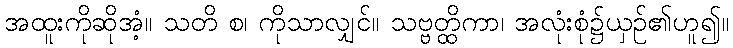
အထူးကိုဆိုအံ့။ သတိ စ၊ ကိုသာလျှင်။ သဗ္ဗတ္ထိကာ၊ အလုံးစုံ၌ယှဉ်၏ဟူ၍။